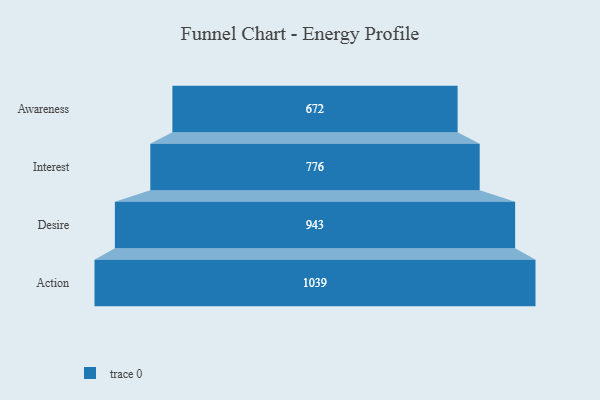
{"axis": {"x": "Stage", "y": "Value"}, "legend": [""], "data": [{"x": "Awareness", "y": 672.0, "type": ""}, {"x": "Interest", "y": 776.0, "type": ""}, {"x": "Desire", "y": 943.0, "type": ""}, {"x": "Action", "y": 1039.0, "type": ""}]}